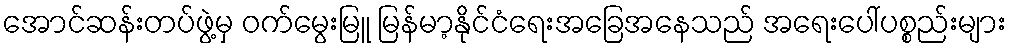
အောင်ဆန်းတပ်ဖွဲ့မှ ဝက်မွေးမြူ မြန်မာ့နိုင်ငံရေးအခြေအနေသည် အရေးပေါ်ပစ္စည်းများ